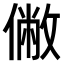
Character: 𠍯